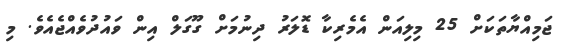
ޖަމިއްޔާތަކަށް 25 މިލިއަން އެމެރިކާ ޑޮލަރު ދިނުމަށް ގޫގަލް އިން ވައުދުވެއްޖެއެވެ. މި